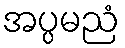
အပ္ပမညံ